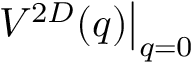
{ \left. V ^ { 2 D } ( q ) \right| } _ { q = 0 }